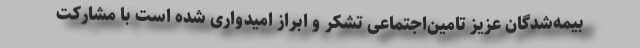
بیمه‌شدگان عزیز تامین‌اجتماعی تشکر و ابراز امیدواری شده است با مشارکت